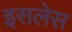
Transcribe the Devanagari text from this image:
इसलेस